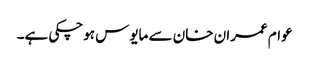
عوام عمران خان سے مایوس ہوچکی ہے۔